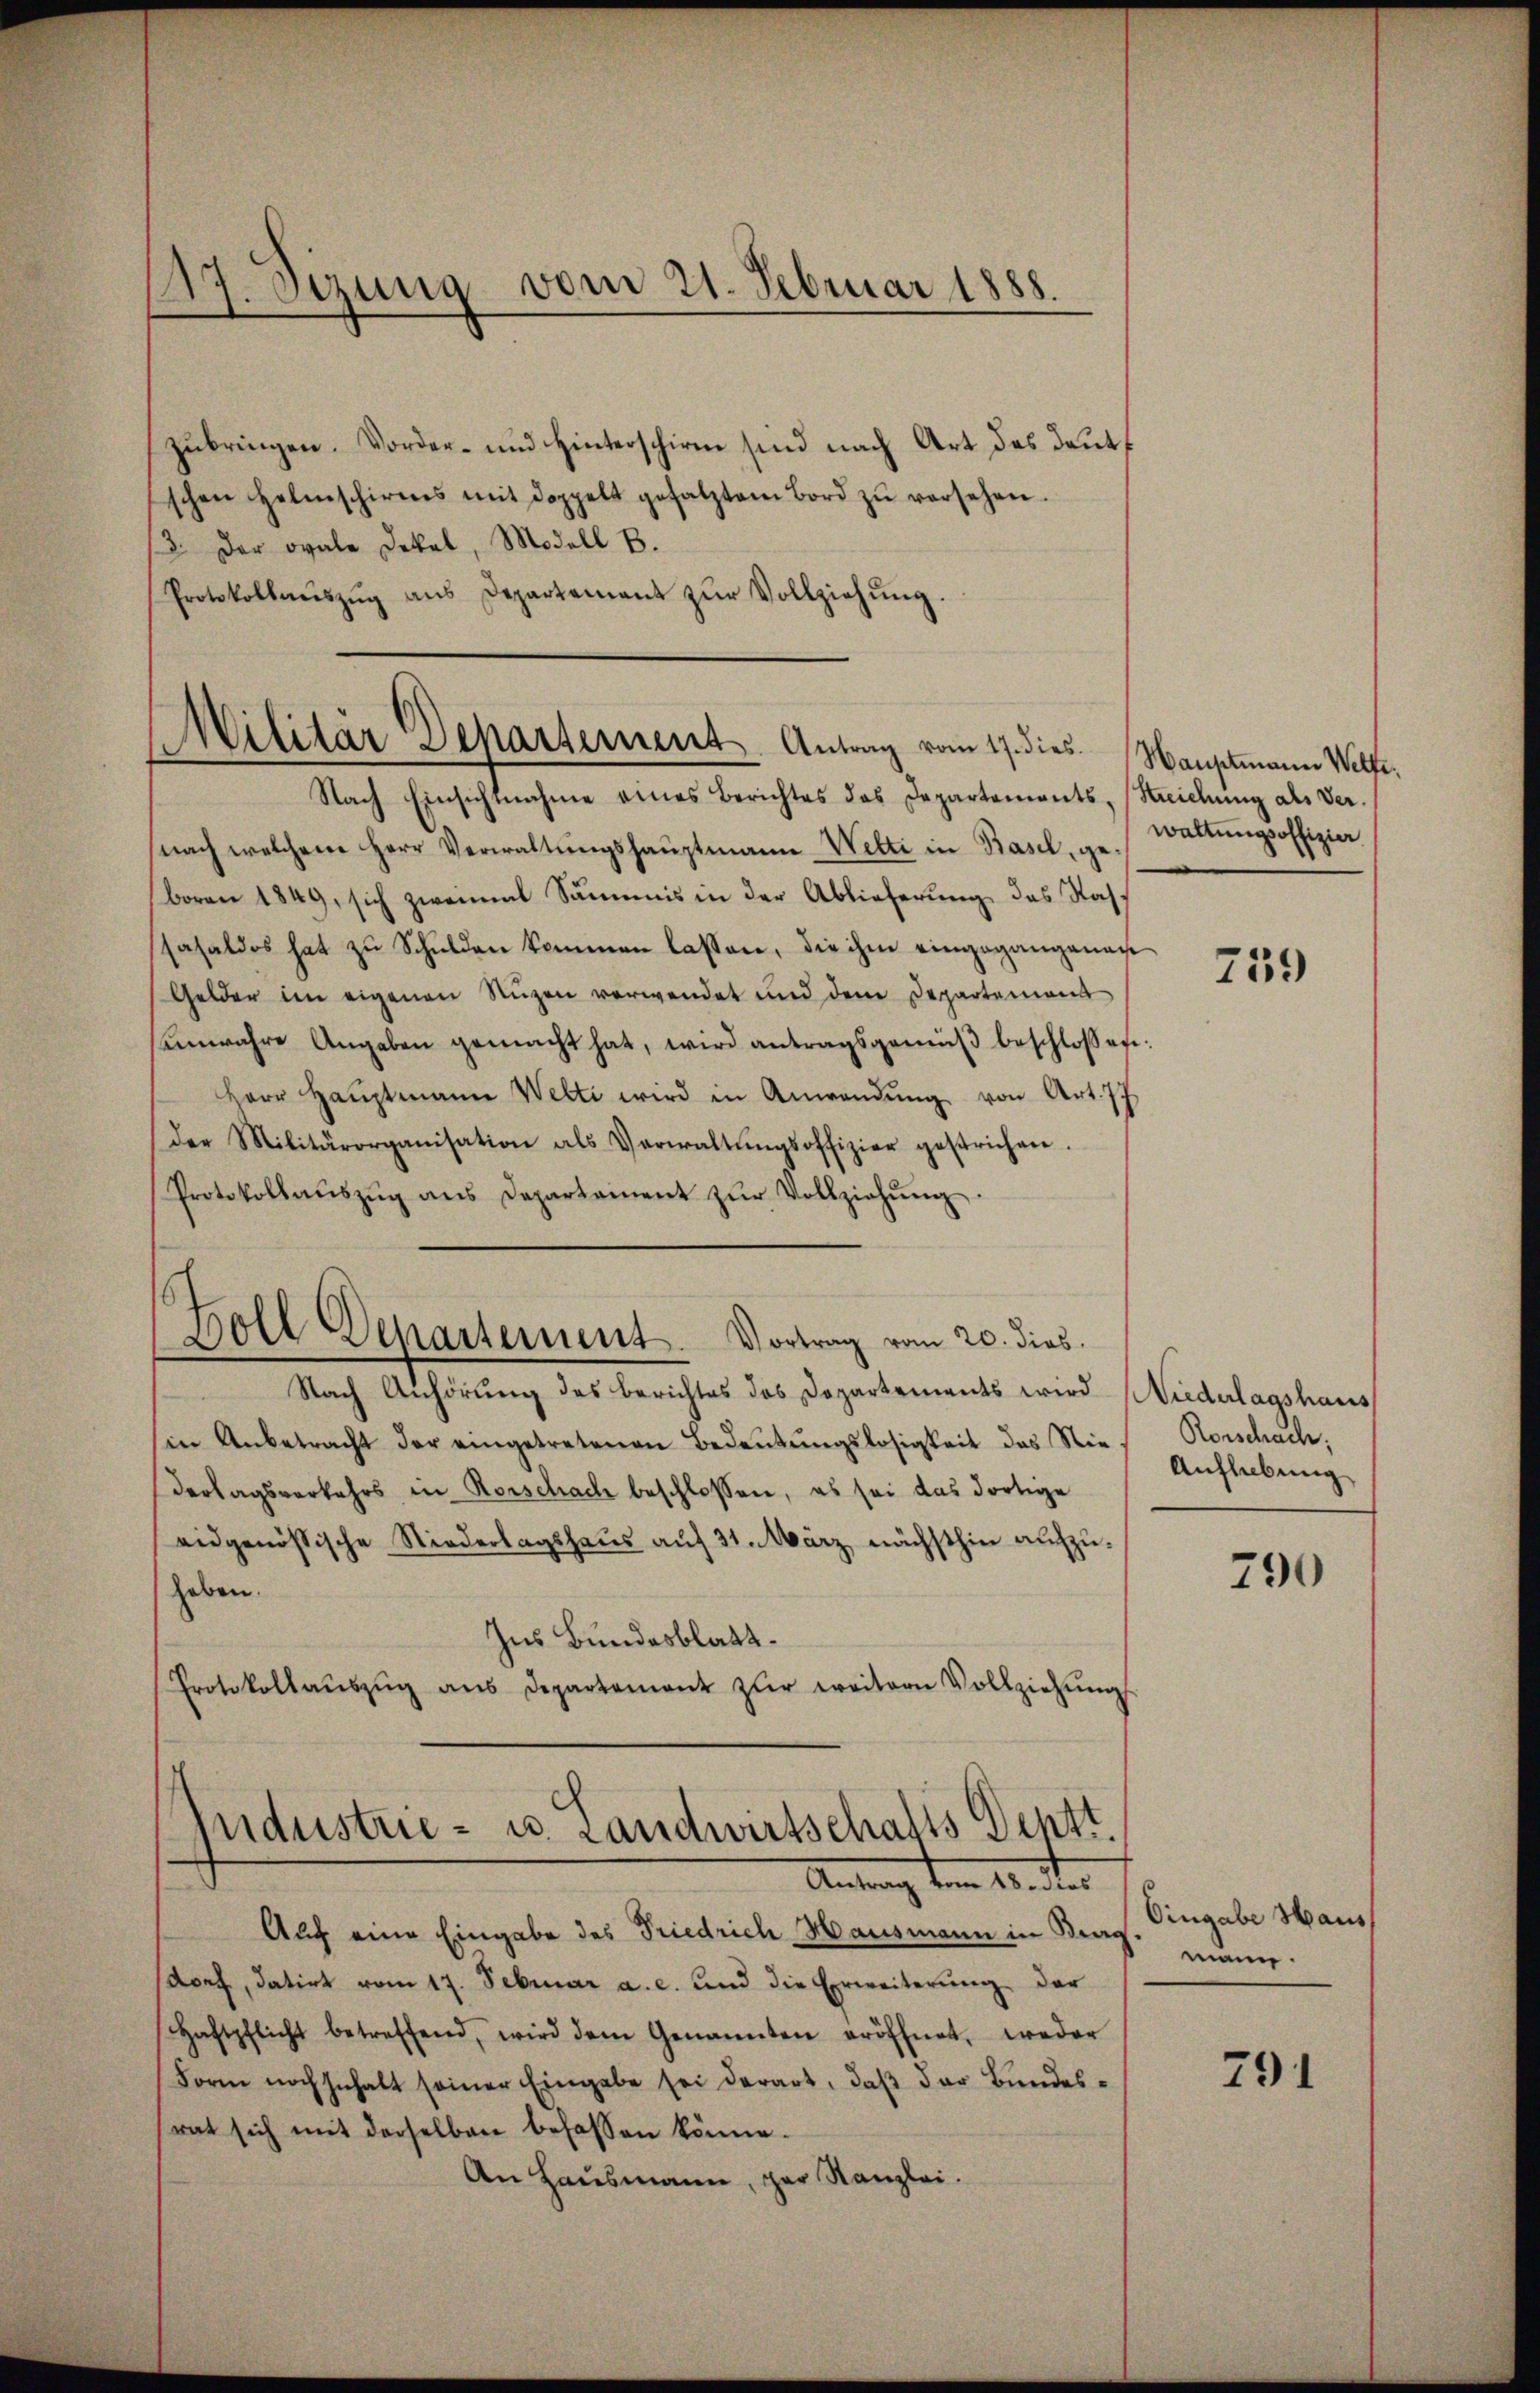
zubringen. Vorder- und Hinterschirm sind nach Art des Deuts
schen Helmschirmes mit doppelt gesetztem Bord zŭ versehen.
/3. Der ovale Dekal, Modell B.
Protokollaŭszŭg ans Departement zŭr Vollziehŭng.

47. Sizung vom 21. Februar 1888.

Militär Departement. Antrag vom 17. dies

Nach Einsichtnahme eines Berichtes das Departements, Streichung als Vernach welchem Herr Verwaltŭngshaŭptmann Welti in Basel, gewaltŭngsoffizier
boren 1849, sich zweimal Summis in der Ablieferung das Nahsasaldos hat zŭ Schŭlden kommen lassen, die ihm eingegangenan
Gelder im eigenen Nuzen verwendet und dem Departemona
enwahre Angaben gemacht hat, wird antragsgemäβ beschlossen:
Herr Haŭptmann Welti wird in Anwendung von Art. 77
Der Militärorganisation als Verwaltŭngsoffizier gestrichen.
Protokollaŭszŭg ans Departament zŭr Vollziehŭng
h
Boll Departement. Vortrag vom 20. dies.
Nach Anhörung des Berichtes des Departements wird Niederlagshaus
sin Anbetracht der eingetretenen Bedeutungslosigkeit das Nie Horschach.
Dertagsverkehrs in Rorschach beschlossen, es sei das dortige
eidgenössische Niederlagshaus auf 31. März, nächsthin aufzuhaben.
Ins Bundesblatt.
Protokollaŭszŭg ans Departement zŭr weitern Vollziehŭng

ndustrie- u. Landwirtschalts Dentt.
Antrag vom 15. der

Auch eine Eingabe des Friedrich Hausmann in Bergmann
doet, datirt vom 17. Februar a. c. und die Erweiterŭng der
Haftpflicht betreffend, wird dem Genannten eröffnet, weder
Form noch Inhalt seiner Eingabe sei derart, daß der Bundesrat sich mit derselben befassen könne.
An Hausmann, zur Kanzlei.

Hauptmann Welfe,

759

Aufhebung

790

Eingabe Haus

791